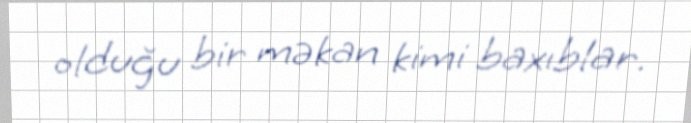
olduğu bir məkan kimi baxıblar.